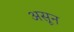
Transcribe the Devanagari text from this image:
असून